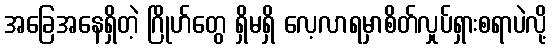
အခြေအနေရှိတဲ့ ဂြိုဟ်တွေ ရှိမရှိ လေ့လာရမှာစိတ်လှုပ်ရှားစရာပဲလို့